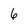
Character: 6